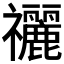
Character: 𥜰